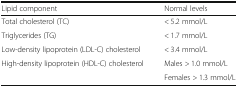
<table><thead><tr><td><b>Lipid component</b></td><td><b>Normal levels</b></td></tr></thead><tbody><tr><td>Total cholesterol (TC)</td><td>&lt; 5.2 mmol/L</td></tr><tr><td>Triglycerides (TG)</td><td>&lt; 1.7 mmol/L</td></tr><tr><td>Low-density lipoprotein (LDL-C) cholesterol</td><td>&lt; 3.4 mmol/L</td></tr><tr><td rowspan="2">High-density lipoprotein (HDL-C) cholesterol</td><td>Males &gt; 1.0 mmol/L</td></tr><tr><td>Females &gt; 1.3 mmol/L</td></tr></tbody></table>